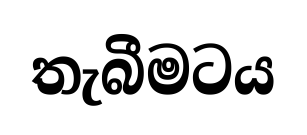
තැබීමටය